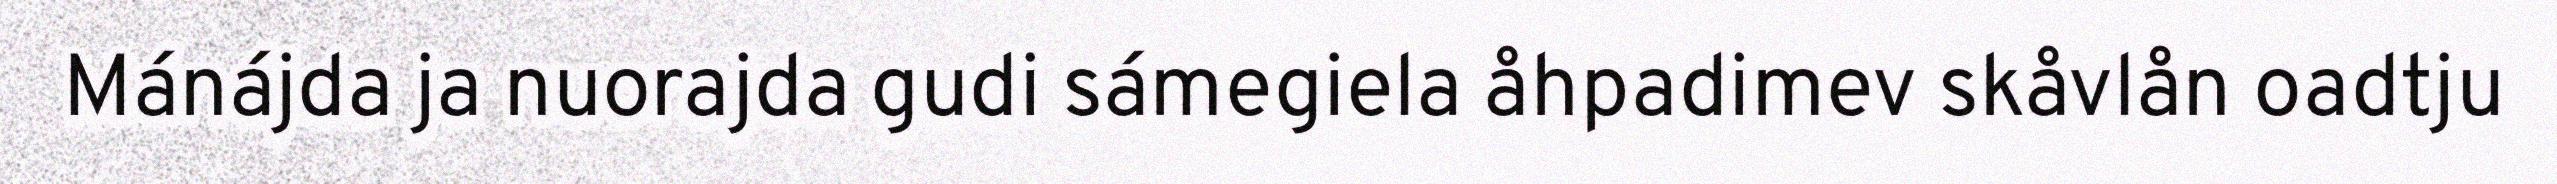
Mánájda ja nuorajda gudi sámegiela åhpadimev skåvlån oadtju